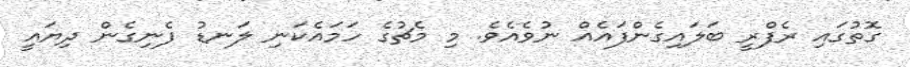
ގޮތުގައި ރެފްރީ ބަލައިގެންފައެއް ނުވެއެވެ. މި މެޗުގެ ހަމައެކަނި ލަނޑު ފެނިގެން ދިޔައީ